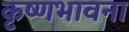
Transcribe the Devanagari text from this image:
कृष्णभावना